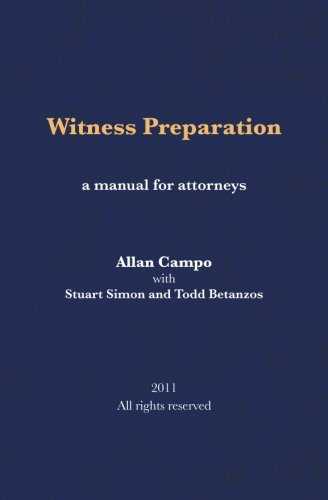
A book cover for Witness Preparation: A manual for attorneys; Allan Campo; Law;